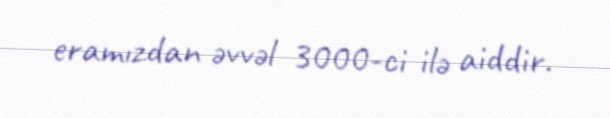
eramızdan əvvəl 3000-ci ilə aiddir.